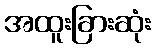
အထူးခြားဆုံး